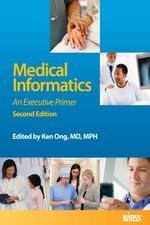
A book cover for Medical Informatics: An Executive Primer 2nd (second) Edition by Ong, Ken, Ed. published by HIMSS (2011); Medical Books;